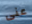
عنى